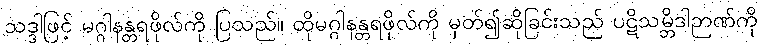
သဒ္ဒါဖြင့် မဂ္ဂါနန္တရဖိုလ်ကို ပြသည်။ ထိုမဂ္ဂါနန္တရဖိုလ်ကို မှတ်၍ဆိုခြင်းသည် ပဋိသမ္ဘိဒါဉာဏ်ကို